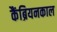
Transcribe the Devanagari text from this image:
कैंब्रियनकाल